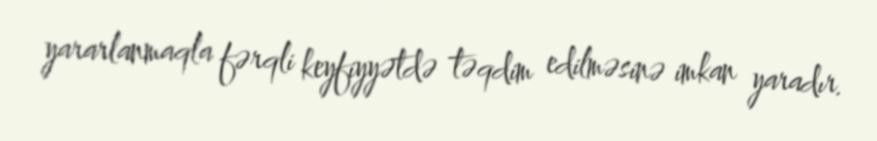
yararlanmaqla fərqli keyfiyyətdə təqdim edilməsinə imkan yaradır.